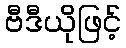
ဗီဒီယိုဖြင့်